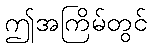
ဤအကြိမ်တွင်